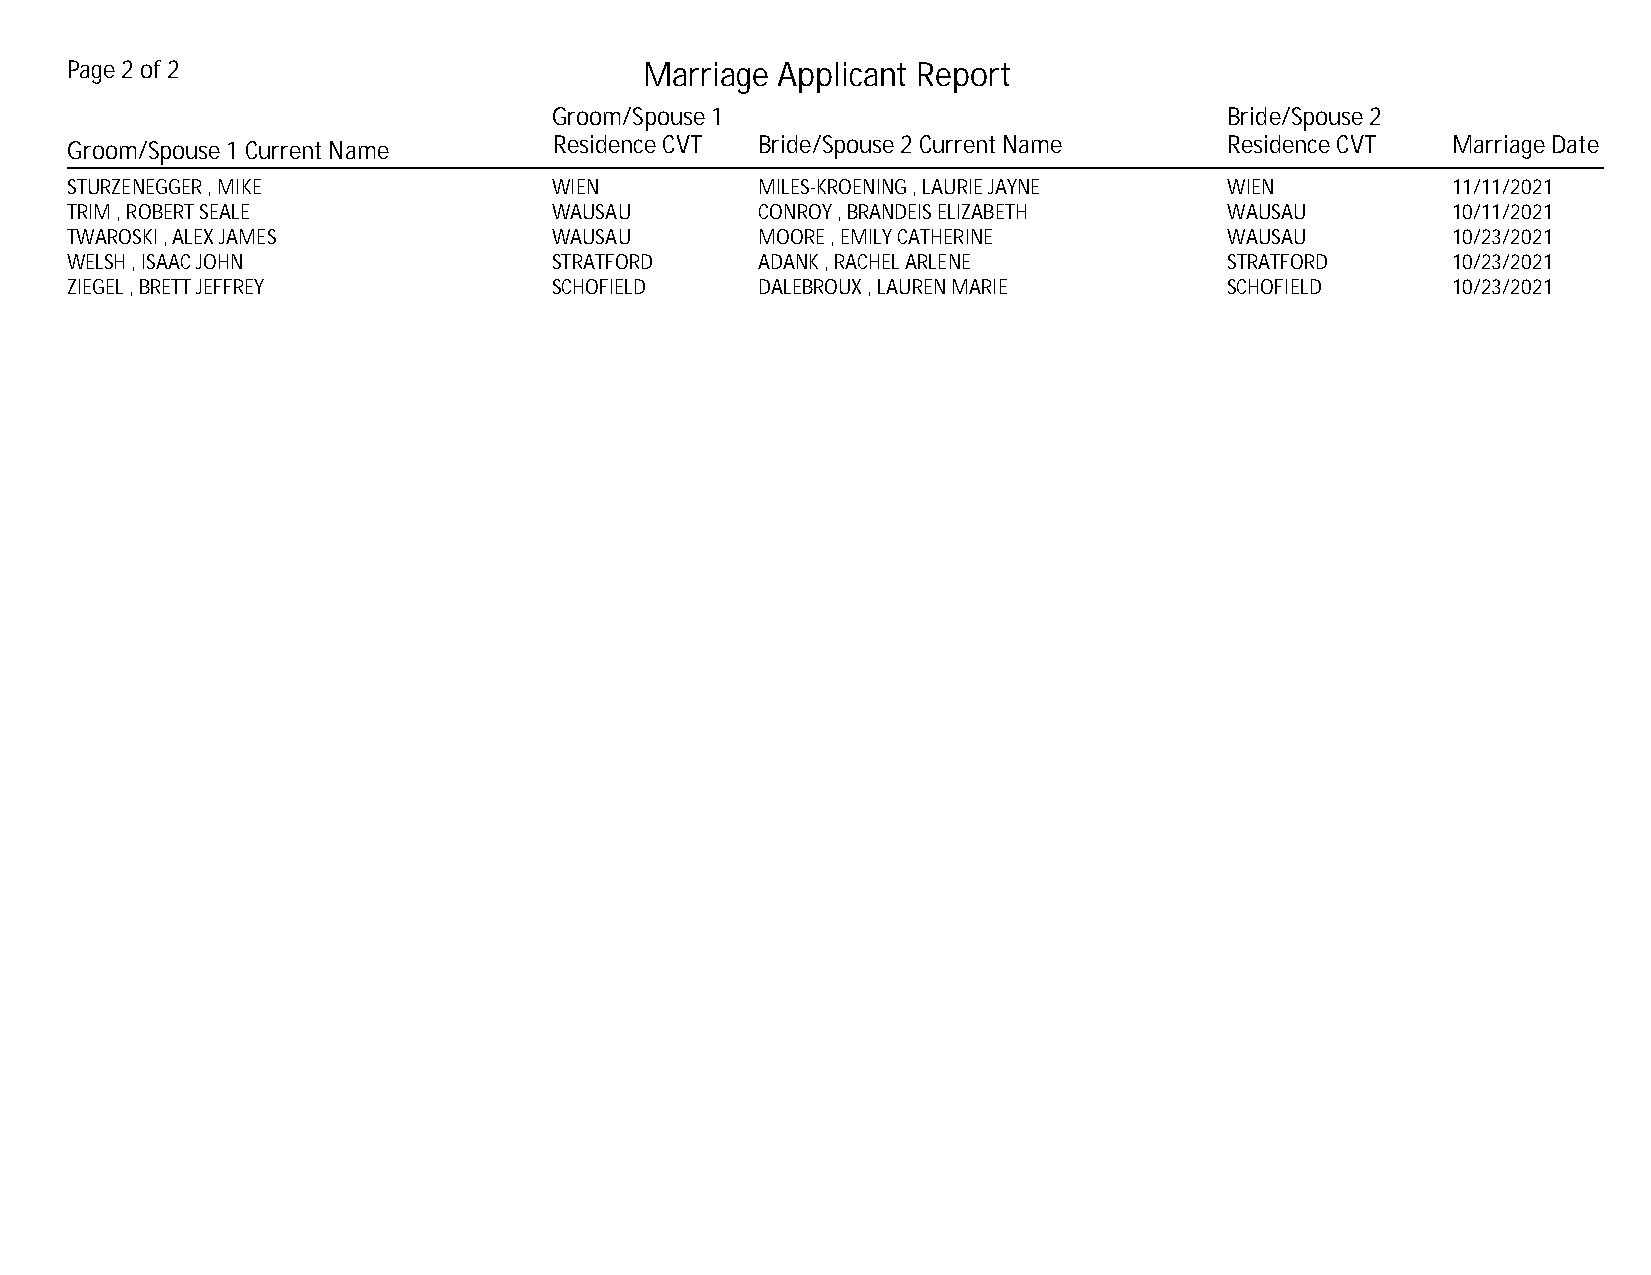
Page 2 of 2                            Marriage Applicant Report
 Groom/Spouse 1                              Bride/Spouse 2
 Groom/Spouse 1 Current Name      Residence CVT Bride/Spouse 2 Current Name   Residence CVT  Marriage Date
 STURZENEGGER , MIKE              WIEN         MILES-KROENING , LAURIE JAYNE  WIEN           11/11/2021
 TRIM , ROBERT SEALE              WAUSAU       CONROY , BRANDEIS ELIZABETH    WAUSAU         10/11/2021
 TWAROSKI , ALEX JAMES            WAUSAU       MOORE , EMILY CATHERINE        WAUSAU         10/23/2021
 WELSH , ISAAC JOHN               STRATFORD    ADANK , RACHEL ARLENE          STRATFORD      10/23/2021
 ZIEGEL , BRETT JEFFREY           SCHOFIELD    DALEBROUX , LAUREN MARIE       SCHOFIELD      10/23/2021